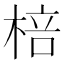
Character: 棓